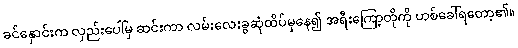
ခင်နှောင်းက လှည်းပေါ်မှ ဆင်းကာ လမ်းလေးခွဆုံထိပ်မှနေ၍ အရီးကြော့တိုကို ဟစ်ခေါ်ရတော့၏။